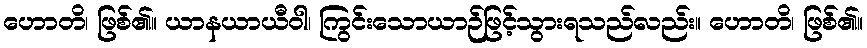
ဟောတိ၊ ဖြစ်၏။ ယာနယာယီဝါ၊ ကြွင်းသောယာဉ်ဖြင့်သွားရသည်လည်း။ ဟောတိ၊ ဖြစ်၏။